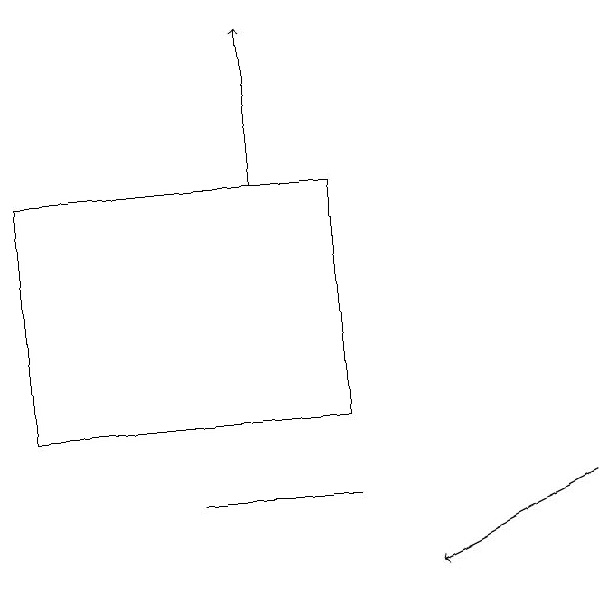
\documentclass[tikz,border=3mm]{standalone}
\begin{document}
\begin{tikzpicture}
\draw (1,16) rectangle (5,13);
\draw[->] (8,12) -- (6,11);
\draw (3,12) rectangle (5,12);
\draw[->] (4,16) -- (4,18);
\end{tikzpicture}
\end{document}